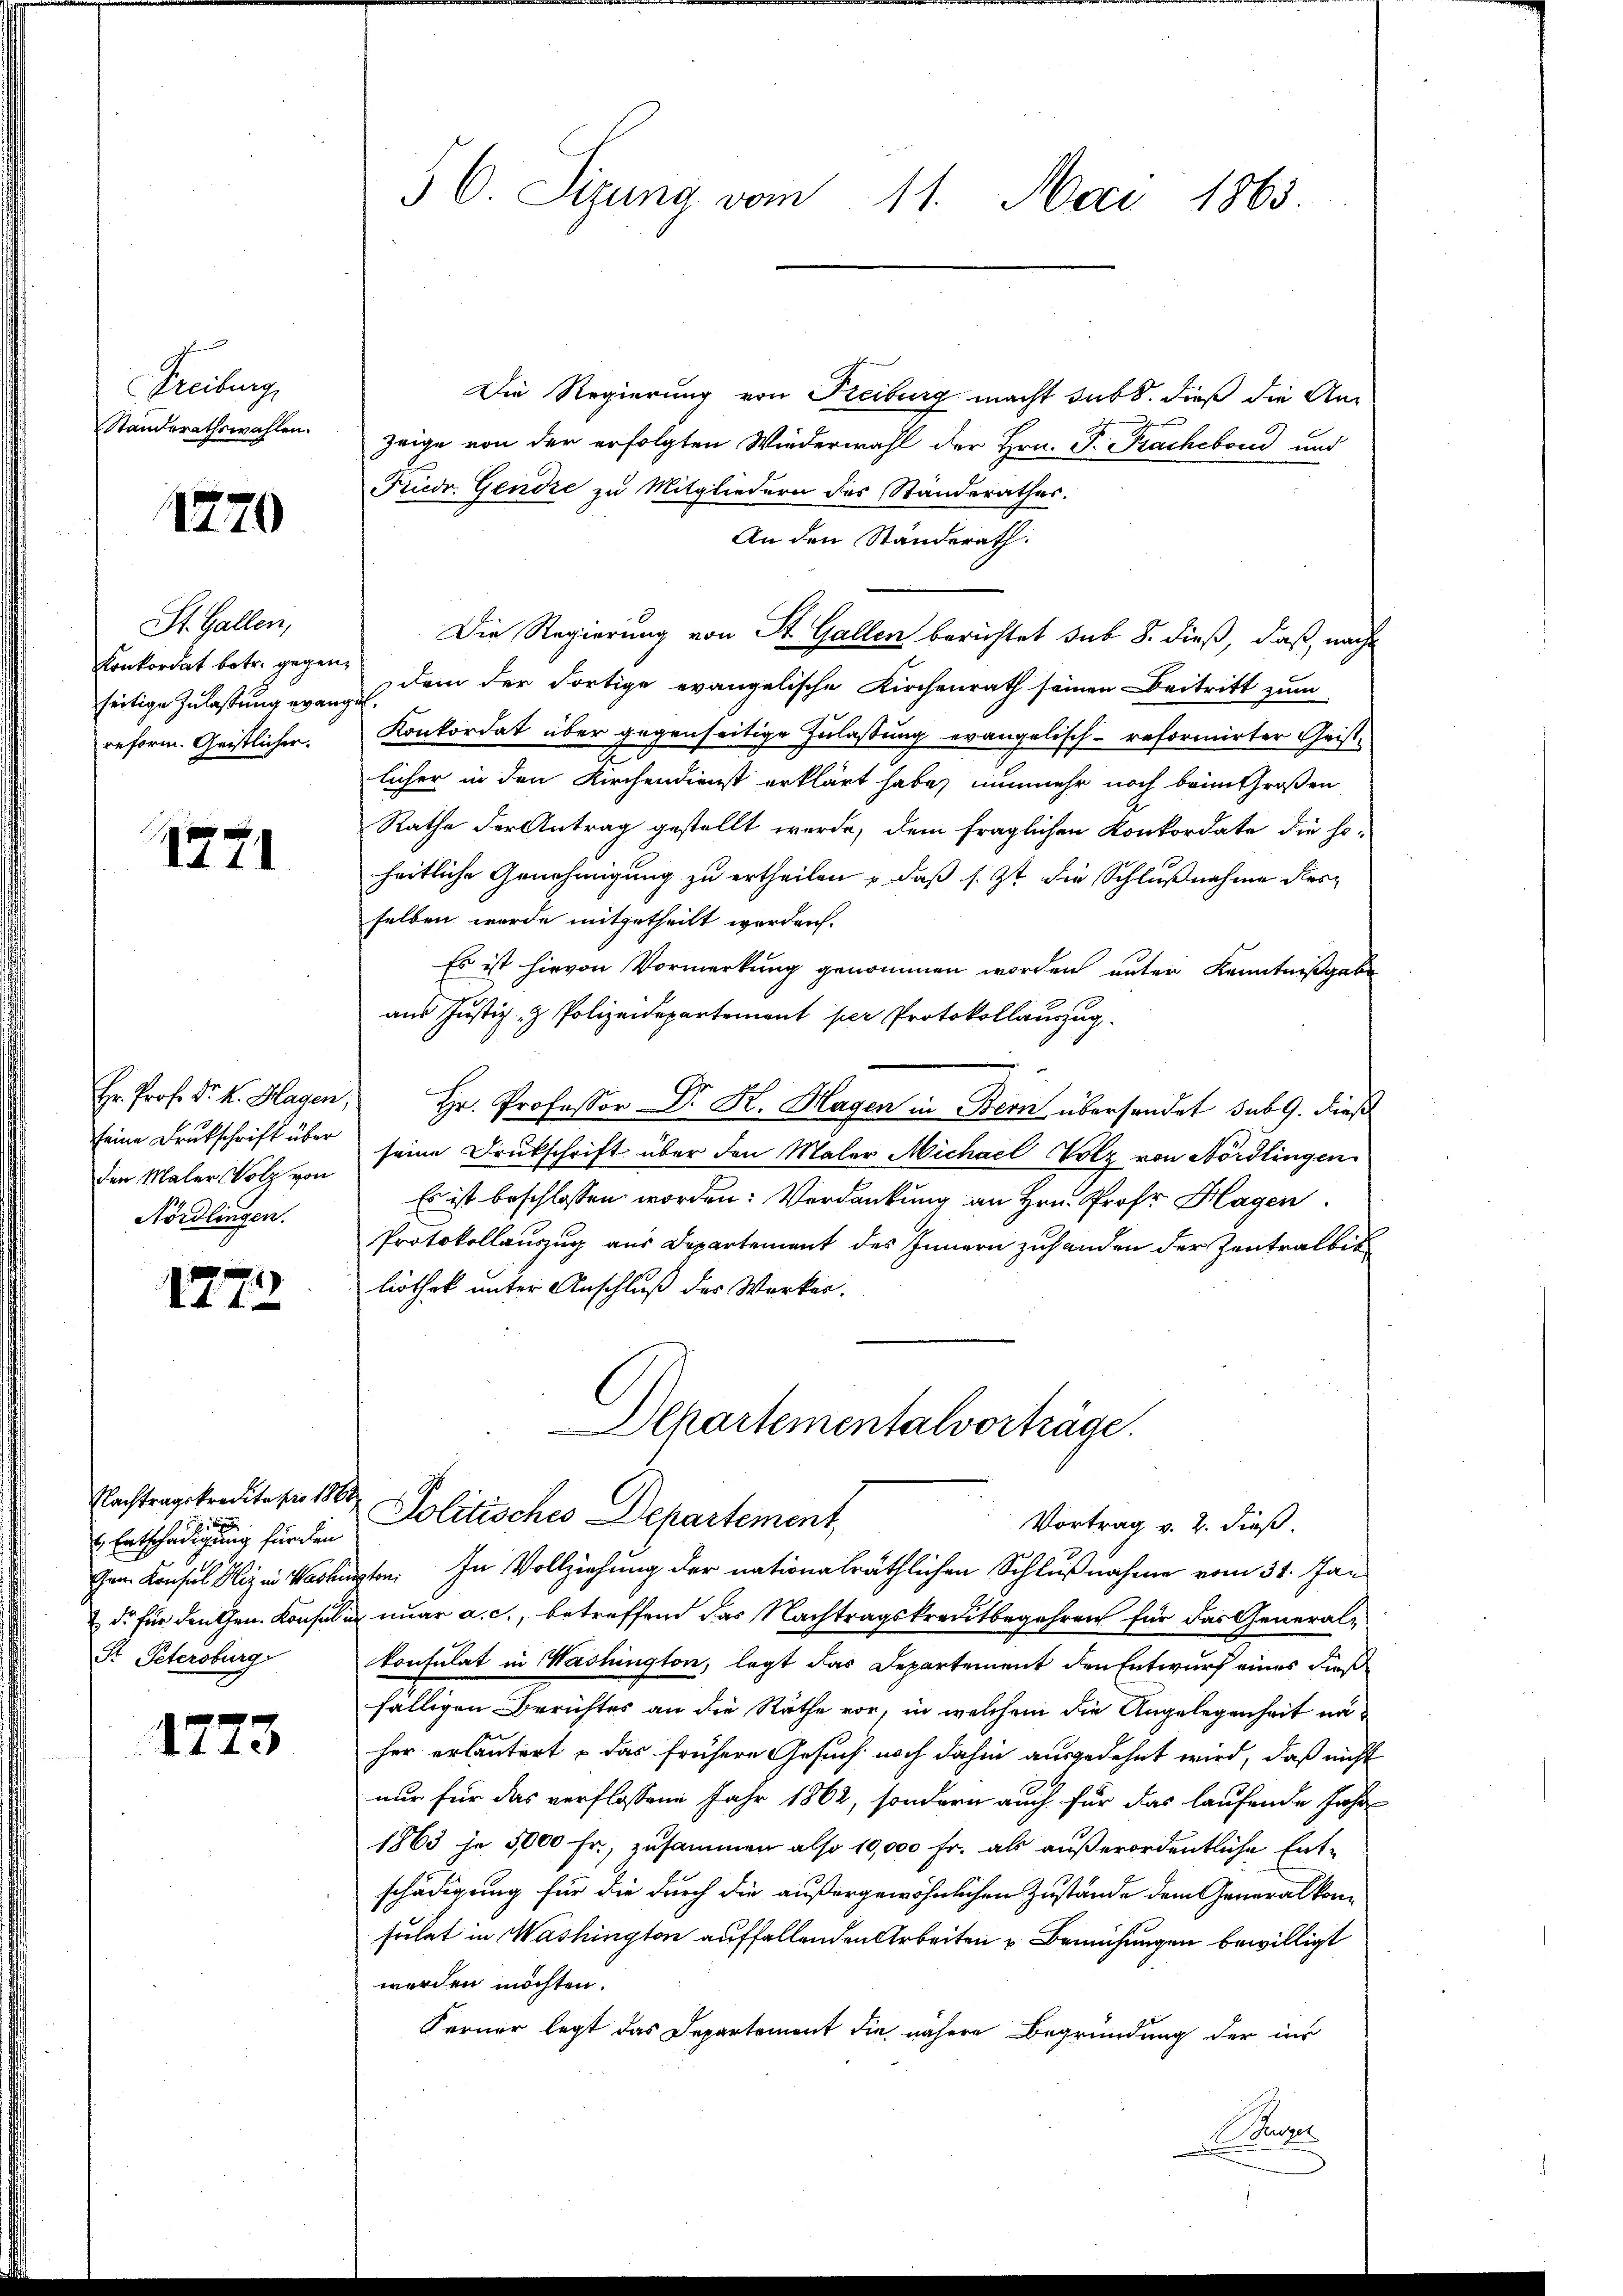
Freiburg,
Standerathswahlen.

1270

St. Gallen,
Konkordat betr. gegenseitige Zulassung evang.
reform. Geistlicher.

1771

Hr. Prof. Dr. K. Hagen,
seine Drukschrift über
den Maler Volz von
Nördlingen.

1772

Entschädigung für den
Sr Petersburg

1773

56. Sizung vom 11. Mai 1865.

Die Regierung von Freiburg macht subt. dieß die An-
zeige von der erfolgten Wiederwahl der Hrn. P. Prachebond und
Friedr. Gendre zu Mitgliedern des Standerathes.
An den Ständerath:
Die Regierung von St. Gallen berichtet sub 8. dieß, daß nach
dem der Fortige evangelische Kirchenrath seinen Beitritt zum
Konkordat über gegenseitige Zulassung evangelisch-reformirter Geist-
licher in den Kirchendienst erklärt habe, nunmehr noch beim Großen
Rathe der Antrag gestellt werde, dem fraglichen Konkordate die so-
heitliche Genehmigung zu ertheilen, daß s. Zt. die Schlußnahme der
selben wurde mitgetheilt worden.
Es ist hievon Vormerkung genommen worden unter Kenntnißgabe
aus Justiz- & Polizeidepartement per Protokollauszug.
Hr. Professor Dr. R. Hagen in Bern übersendet sub 9. dieß
seine Druckschrift über den Maler Michael Holz von Nördlingen
Es ist beschlossen worden: Verdankung an Hrn. Prof. Hagen
Protokollauszug aus Departement des Innern zuhanden der Zentralbis
liothek unter Anschluß des Werker.

Alpartementalvorträge.
Nachtragskredite zu 1 Politisches Departement,
Vortrag v. 2. dieß.

em Konsul Hiz in Vorlegten. In Vollziehung der nationalräthlichen Schlußnahme vom 31. Jan
 de für den Gen. Konsul i nuar a. c., betreffend das Nachtragskreditbegehren für das Generalkonsulat in Washington, legt das Departement den Entwurf eines dieß
fälligen Berichtes an die Räthe vor, in welchem die Angelegenheit na
her erläutert u das frühere Gesuch noch dahin ausgedehnt wird, daß nicht
nur für das verflossene Jahr 1862, sondern auch für das laufende Jahre
1863 je 5000 Fr., zusammen also 10,000 Fr. als außerordentliche Ent-
schädigung für die durch die außergewöhnlichen Zustände dem Generalkonsulat in Washington auffallenden Arbeiten & Bemühungen bewilligt
werden möchten.
Ferner legt das Departement die nähere Begründung der ins
 Puzer